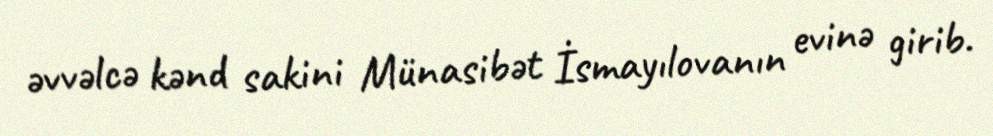
əvvəlcə kənd sakini Münasibət İsmayılovanın evinə girib.